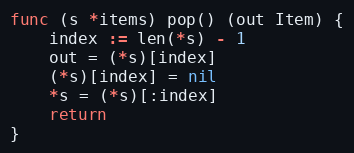
Language: Go
func (s *items) pop() (out Item) {
	index := len(*s) - 1
	out = (*s)[index]
	(*s)[index] = nil
	*s = (*s)[:index]
	return
}